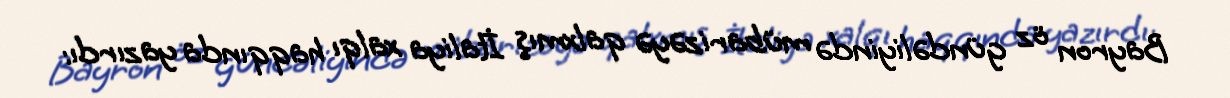
Bayron öz gündəliyində mübarizəyə qalxmış İtaliya xalqı haqqında yazırdı: